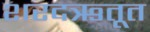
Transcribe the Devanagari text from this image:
शरदऋतूत